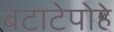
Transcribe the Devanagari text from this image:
बटाटेपोहे